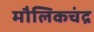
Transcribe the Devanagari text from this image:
मौलिकचंद्र